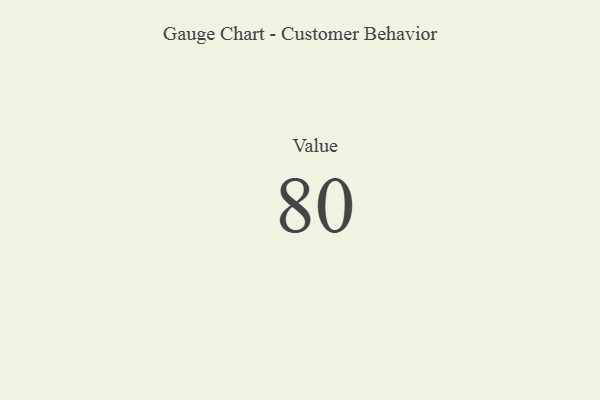
{"axis": {"x": "Metric", "y": "Value"}, "legend": [""], "data": [{"x": "Value", "y": 80, "type": ""}]}